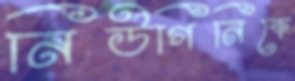
নিউগিনিকে